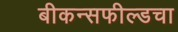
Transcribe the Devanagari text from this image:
बीकन्सफील्डचा